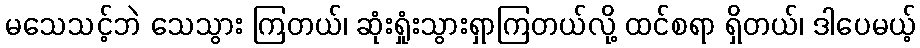
မသေသင့်ဘဲ သေသွား ကြတယ်၊ ဆုံးရှုံးသွားရှာကြတယ်လို့ ထင်စရာ ရှိတယ်၊ ဒါပေမယ့်